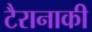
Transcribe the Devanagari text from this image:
टैरानाकी